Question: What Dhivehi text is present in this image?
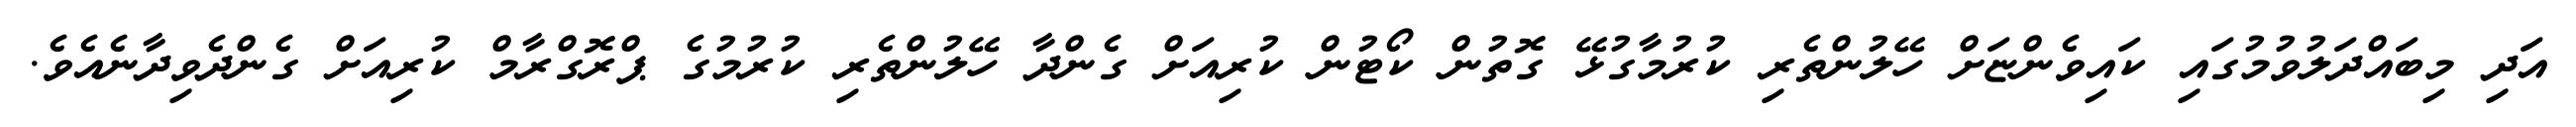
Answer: އަދި މިބައްދަލުވުމުގައި ކައިވެންޏަށް ހޭލުންތެރި ކުރުމާގުޅޭ ގޮތުން ކޯޓުން ކުރިއަށް ގެންދާ ހޭލުންތެރި ކުރުމުގެ ޕްރޮގްރާމް ކުރިއަށް ގެންދެވިދާނެއެވެ.